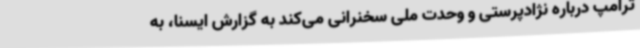
ترامپ درباره نژادپرستی و وحدت ملی سخنرانی می‌کند به گزارش ایسنا، به